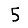
Digit: 5